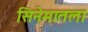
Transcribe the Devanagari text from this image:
सिनेमातला